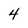
Character: 4